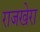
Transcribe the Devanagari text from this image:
राजखेरा